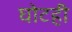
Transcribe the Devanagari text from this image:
घोटही